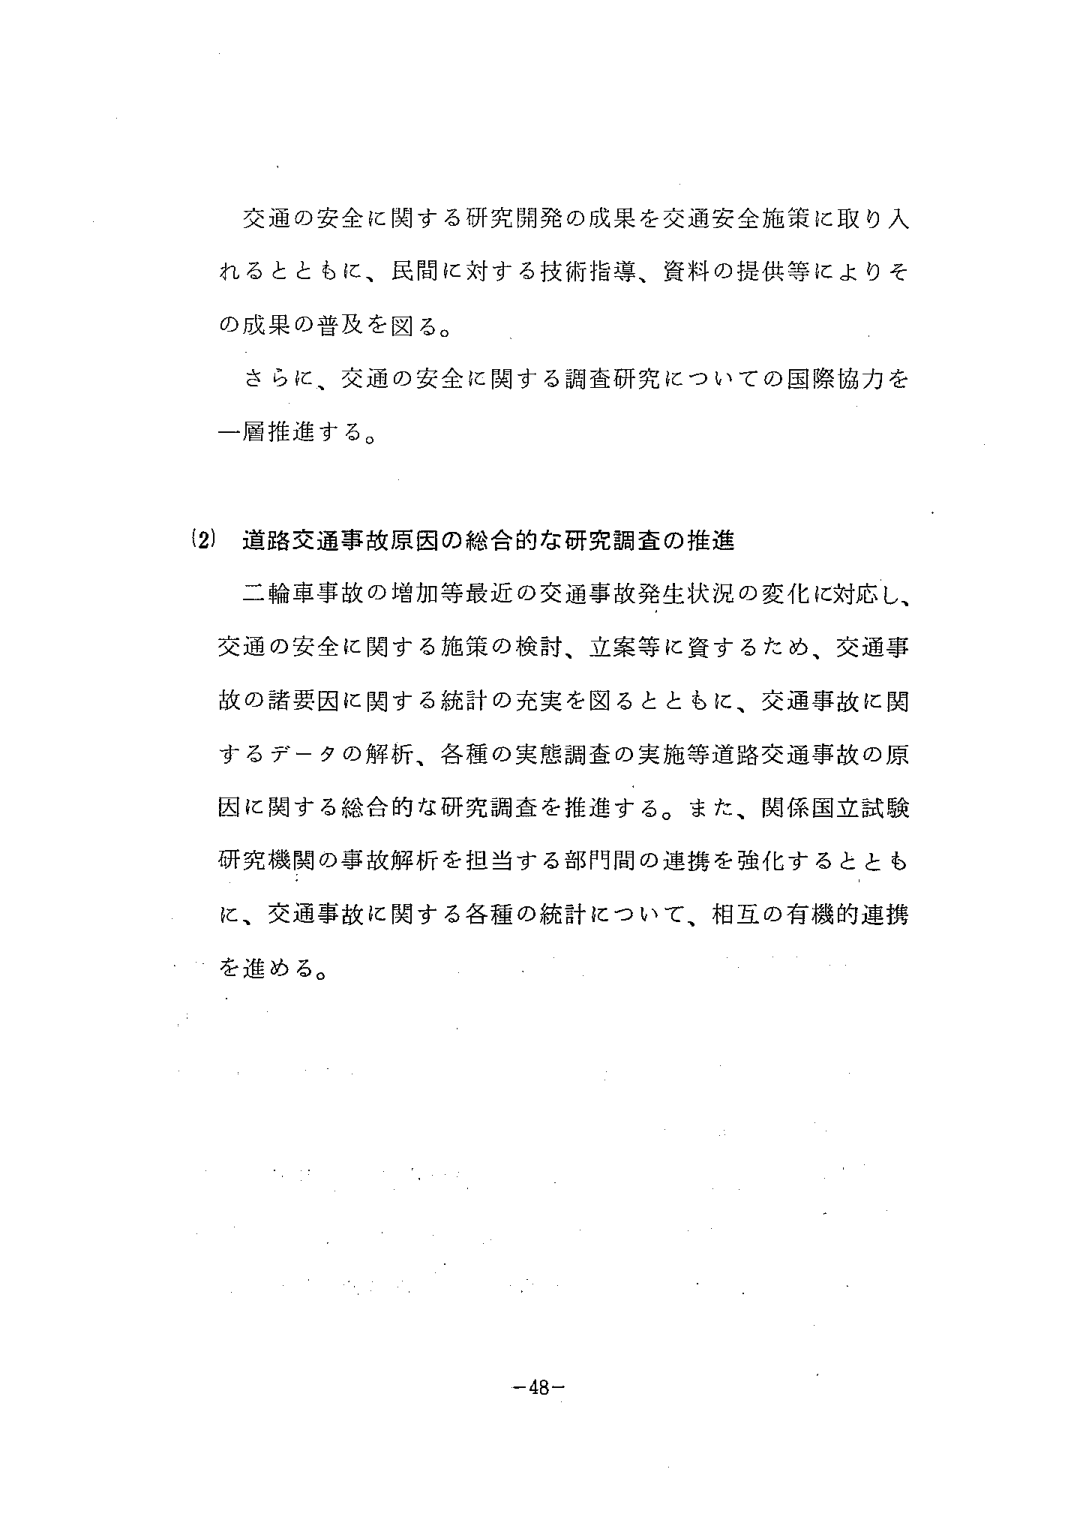
交通の安全に関する研究開発の成果を交通安全施策に取り入れるとともに、民間に対する技術指導、資料の提供等によりその成果の普及を図る。

さらに、交通の安全に関する調査研究についての国際協力を一層推進する。

(2) 道路交通事故原因の総合的な研究調査の推進

二輪車事故の増加等最近の交通事故発生状況の変化に対応し、交通の安全に関する施策の検討、立案等に資するため、交通事故の諸要因に関する統計の充実を図るとともに、交通事故に関するデータの解析、各種の実態調査の実施等道路交通事故の原因に関する総合的な研究調査を推進する。また、関係国立試験研究機関の事故解析を担当する部門間の連携を強化するとともに、交通事故に関する各種の統計について、相互の有機的連携を進める。

-48-